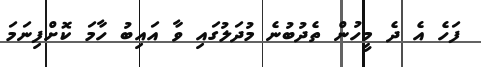
ފަހެ އެ ދެ މީހުން ތެދުބުނެ މުދަލުގައި ވާ އައިބު ހާމަ ކޮށްފިނަމަ